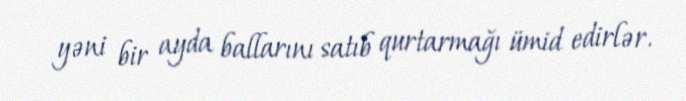
yəni bir ayda ballarını satıb qurtarmağı ümid edirlər.